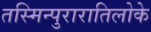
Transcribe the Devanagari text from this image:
तस्मिन्पुरारातिलोके